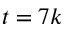
t = 7 k